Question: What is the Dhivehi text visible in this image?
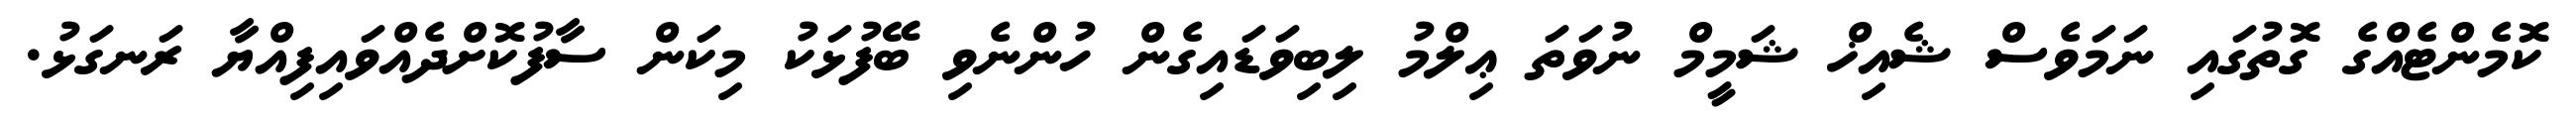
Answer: ކޮމެންޓެއްގެ ގޮތުގައި ނަމަވެސް ޝެއިޚް ޝަމީމް ނުވަތަ ޢިލްމު ލިބިވަޑައިގެން ހުންނެވި ބޭފުޅަކު މިކަން ސާފުކޮށްދެއްވައިފިއްޔާ ރަނގަޅު.